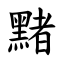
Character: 䵭